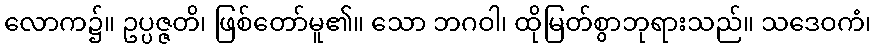
လောက၌။ ဥပ္ပဇ္ဇတိ၊ ဖြစ်တော်မူ၏။ သော ဘဂဝါ၊ ထိုမြတ်စွာဘုရားသည်။ သဒေဝကံ၊